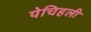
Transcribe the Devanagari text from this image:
पेचिहली